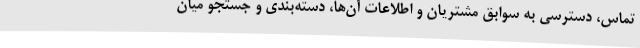
تماس، دسترسی به سوابق مشتریان و اطلاعات آن‌ها، دسته‌بندی و جستجو میان